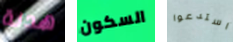
هدنة السكون استدعوا